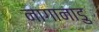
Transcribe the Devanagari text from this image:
नागानाडु